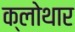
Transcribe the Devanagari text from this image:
क्लोथार